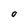
Character: O